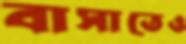
বাসাতেও